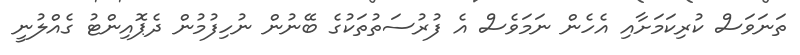
ތަނަވަސް ކުރިކަމަށާއި އެހެން ނަމަވެސް އެ ފުރުސަތުތަކުގެ ބޭނުން ނުހިފުމުން ދެޕޮއިންޓު ގެއްލުނީ